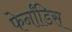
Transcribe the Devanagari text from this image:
फेर्नांडिस